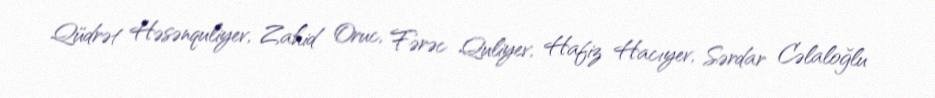
Qüdrət Həsənquliyev, Zahid Oruc, Fərəc Quliyev, Hafiz Hacıyev, Sərdar Cəlaloğlu